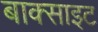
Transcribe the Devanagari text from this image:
बाक्‍साइट